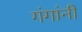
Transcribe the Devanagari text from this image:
गंगांनी